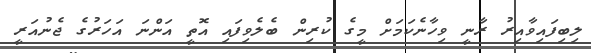
ލިބިފައިވާއިރު ރާނީ ވިހާނެކަމަށް މީގެ ކުރިން ބެލެވިފައި އޮތީ އަންނަ އަހަރުގެ ޖެނުއަރީ